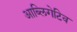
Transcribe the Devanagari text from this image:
आब्लिगेटिव